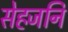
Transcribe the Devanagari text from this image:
सेहजनि